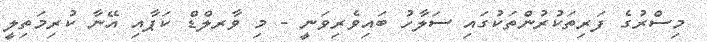
މިސްރުގެ ފަރިތަކުރުންތަކުގައި ސަލާހު ބައިވެރިވަނީ - މި ވާރލްޑް ކަޕާއި އޭނާ ކުރިމަތިލީ